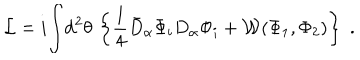
{ \cal L } = i \! \int \! \mathrm { d } ^ { 2 } \theta \, \left\{ \frac { 1 } { 4 } \bar { D } _ { \alpha } \Phi _ { i } D _ { \alpha } \Phi _ { i } + { \cal W } ( \Phi _ { 1 } , \Phi _ { 2 } ) \right\} \; .